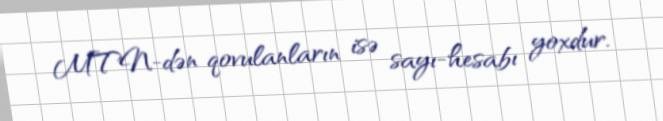
MTN-dən qovulanların isə sayı-hesabı yoxdur.